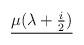
LaTeX: \begin{align*}\mu(\lambda +{i\over 2}) \over\end{align*}